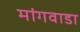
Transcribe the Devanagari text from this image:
मांगवाडा